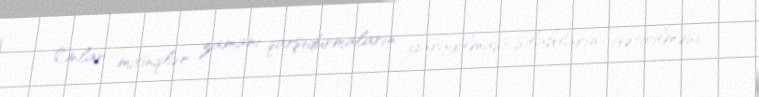
Onlar mitinqlər zamanı qarşıdurmaların yaradılması, silahların gətirilməsi,